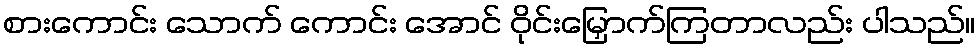
စားကောင်း သောက် ကောင်း အောင် ဝိုင်းမြှောက်ကြတာလည်း ပါသည်။